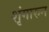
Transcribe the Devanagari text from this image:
शृंगारुन